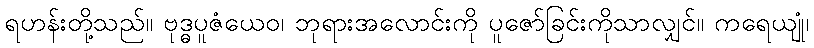
ရဟန်းတို့သည်။ ဗုဒ္ဓပူဇံယေဝ၊ ဘုရားအလောင်းကို ပူဇော်ခြင်းကိုသာလျှင်။ ကရေယျုံ၊